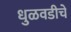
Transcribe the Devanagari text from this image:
धुळवडीचे